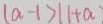
( a - 1 > 1 1 + a